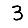
Digit: 3